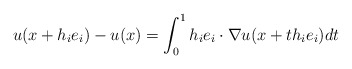
\begin{align*} u(x+h_ie_i) - u(x) = \int_0^1 h_ie_i\cdot\nabla u(x+th_ie_i)dt\end{align*}